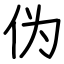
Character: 伪